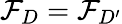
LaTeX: \mathcal{F}_{D}=\mathcal{F}_{D^{\prime}}